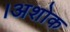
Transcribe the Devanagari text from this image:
।अशोक